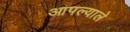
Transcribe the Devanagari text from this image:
आपल्याले